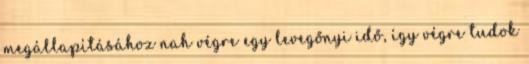
megállapításához nah végre egy levegőnyi idő, így végre tudok